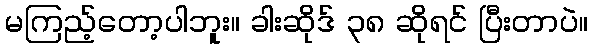
မကြည့်တော့ပါဘူး။ ခါးဆိုဒ် ၃၈ ဆိုရင် ပြီးတာပဲ။